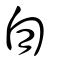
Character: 霸